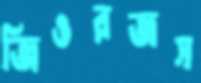
জিওরজস